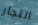
التجار